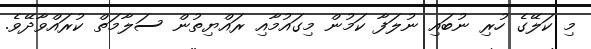
މި ކަލޭގެ ހުރި ނުބައި ނުލަފާ ކަމުން މިގައުމާއި ރައްޔިތުން ސަލާމަތް ކުރައްވާދޭވެ.